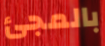
بالمجئ